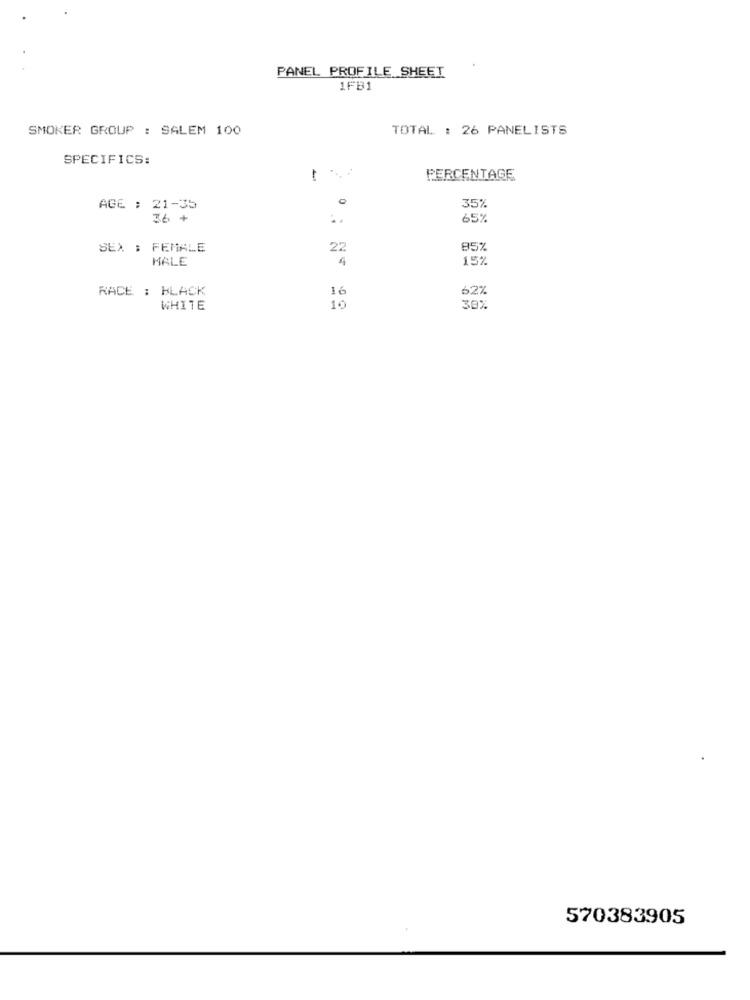
PANEL PROFILE SHEET
1FB1
SMOKER GROUP : SALEM 100
TOTAL : 26 PANELISTS
SPECIFICS:
PERCENTAGE
AGE : 21-35
35%
36 +
65%
SEX : FEMALE
22
85%
HALE
4
15%
RACE : BLACK
16
62%
WHITE
10
30%
570383905